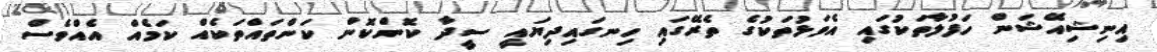
އިނިޝިއޭޝަން ހަފުލާތަކުގައި އެވަޅުތަކުގެ ތެރޭގައި ހިނގައިދިޔައީ ސީދާ ކޮންކޮން ކަންތައްތަކެއް ކަމެއް އެއްވެސް